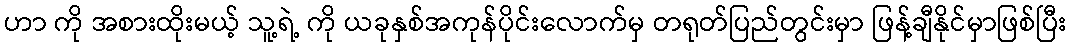
ဟာ ကို အစားထိုးမယ့် သူ့ရဲ့ ကို ယခုနှစ်အကုန်ပိုင်းလောက်မှ တရုတ်ပြည်တွင်းမှာ ဖြန့်ချီနိုင်မှာဖြစ်ပြီး